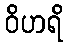
ဝိဟရိ